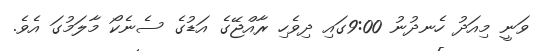
ވަނީ މިއަދު ހެނދުނު 9:00ގައި ދިވެހި ރާއްޖޭގެ އަޑުގެ ސެނެކޯ މާލަމުގަ އެވެ.